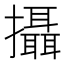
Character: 攝